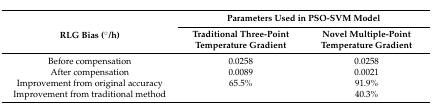
<table><thead><tr><td rowspan="2"><b>RLG Bias (°/h)</b></td><td colspan="2"><b>Parameters Used in PSO-SVM Model</b></td></tr><tr><td><b>Traditional Three-Point Temperature Gradient</b></td><td><b>Novel Multiple-Point Temperature Gradient</b></td></tr></thead><tbody><tr><td>Before compensation</td><td>0.0258</td><td>0.0258</td></tr><tr><td>After compensation</td><td>0.0089</td><td>0.0021</td></tr><tr><td>Improvement from original accuracy</td><td>65.5%</td><td>91.9%</td></tr><tr><td>Improvement from traditional method</td><td></td><td>40.3%</td></tr></tbody></table>